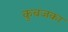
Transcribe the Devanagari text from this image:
कुबजका